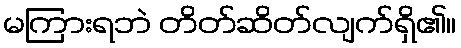
မကြားရဘဲ တိတ်ဆိတ်လျက်ရှိ၏။